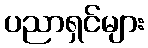
ပညာရှင်များ